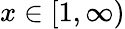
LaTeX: x\in[1,\infty)